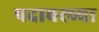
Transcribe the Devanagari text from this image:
पदावरच्या